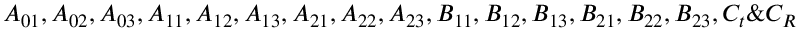
A _ { 0 1 } , A _ { 0 2 } , A _ { 0 3 } , A _ { 1 1 } , A _ { 1 2 } , A _ { 1 3 } , A _ { 2 1 } , A _ { 2 2 } , A _ { 2 3 } , B _ { 1 1 } , B _ { 1 2 } , B _ { 1 3 } , B _ { 2 1 } , B _ { 2 2 } , B _ { 2 3 } , C _ { t } \& C _ { R }